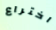
اختراع